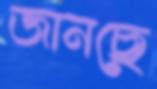
জানছে